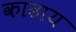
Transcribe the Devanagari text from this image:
काढाय